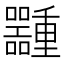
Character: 𱕶